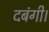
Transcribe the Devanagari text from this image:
दबंगी।